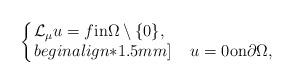
LaTeX: \begin{align*} \arraycolsep=1pt\left\{\begin{array}{lll} \displaystyle \mathcal{L}_\mu u= f {\rm in} {\Omega}\setminus \{0\},\\begin{align*}1.5mm] \phantom{ L_\mu } \displaystyle u= 0 {\rm on}\partial{\Omega}, \end{array}\right.\end{align*}